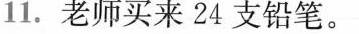
11.老师买来24支铅笔。